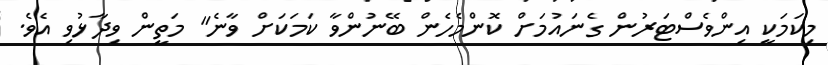
މިކަމަކީ އިންވެސްޓަރުން ގެނައުމަށް ކޮންމެހެން ބޭނުންވާ ކަމަކަށް ވާނެ" މަތީން ވިދާޅުވި އެވެ.